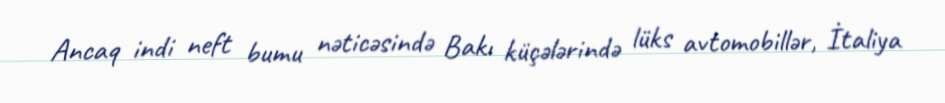
Ancaq indi neft bumu nəticəsində Bakı küçələrində lüks avtomobillər, İtaliya